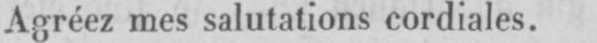
Agréez mes salutations cordiales.